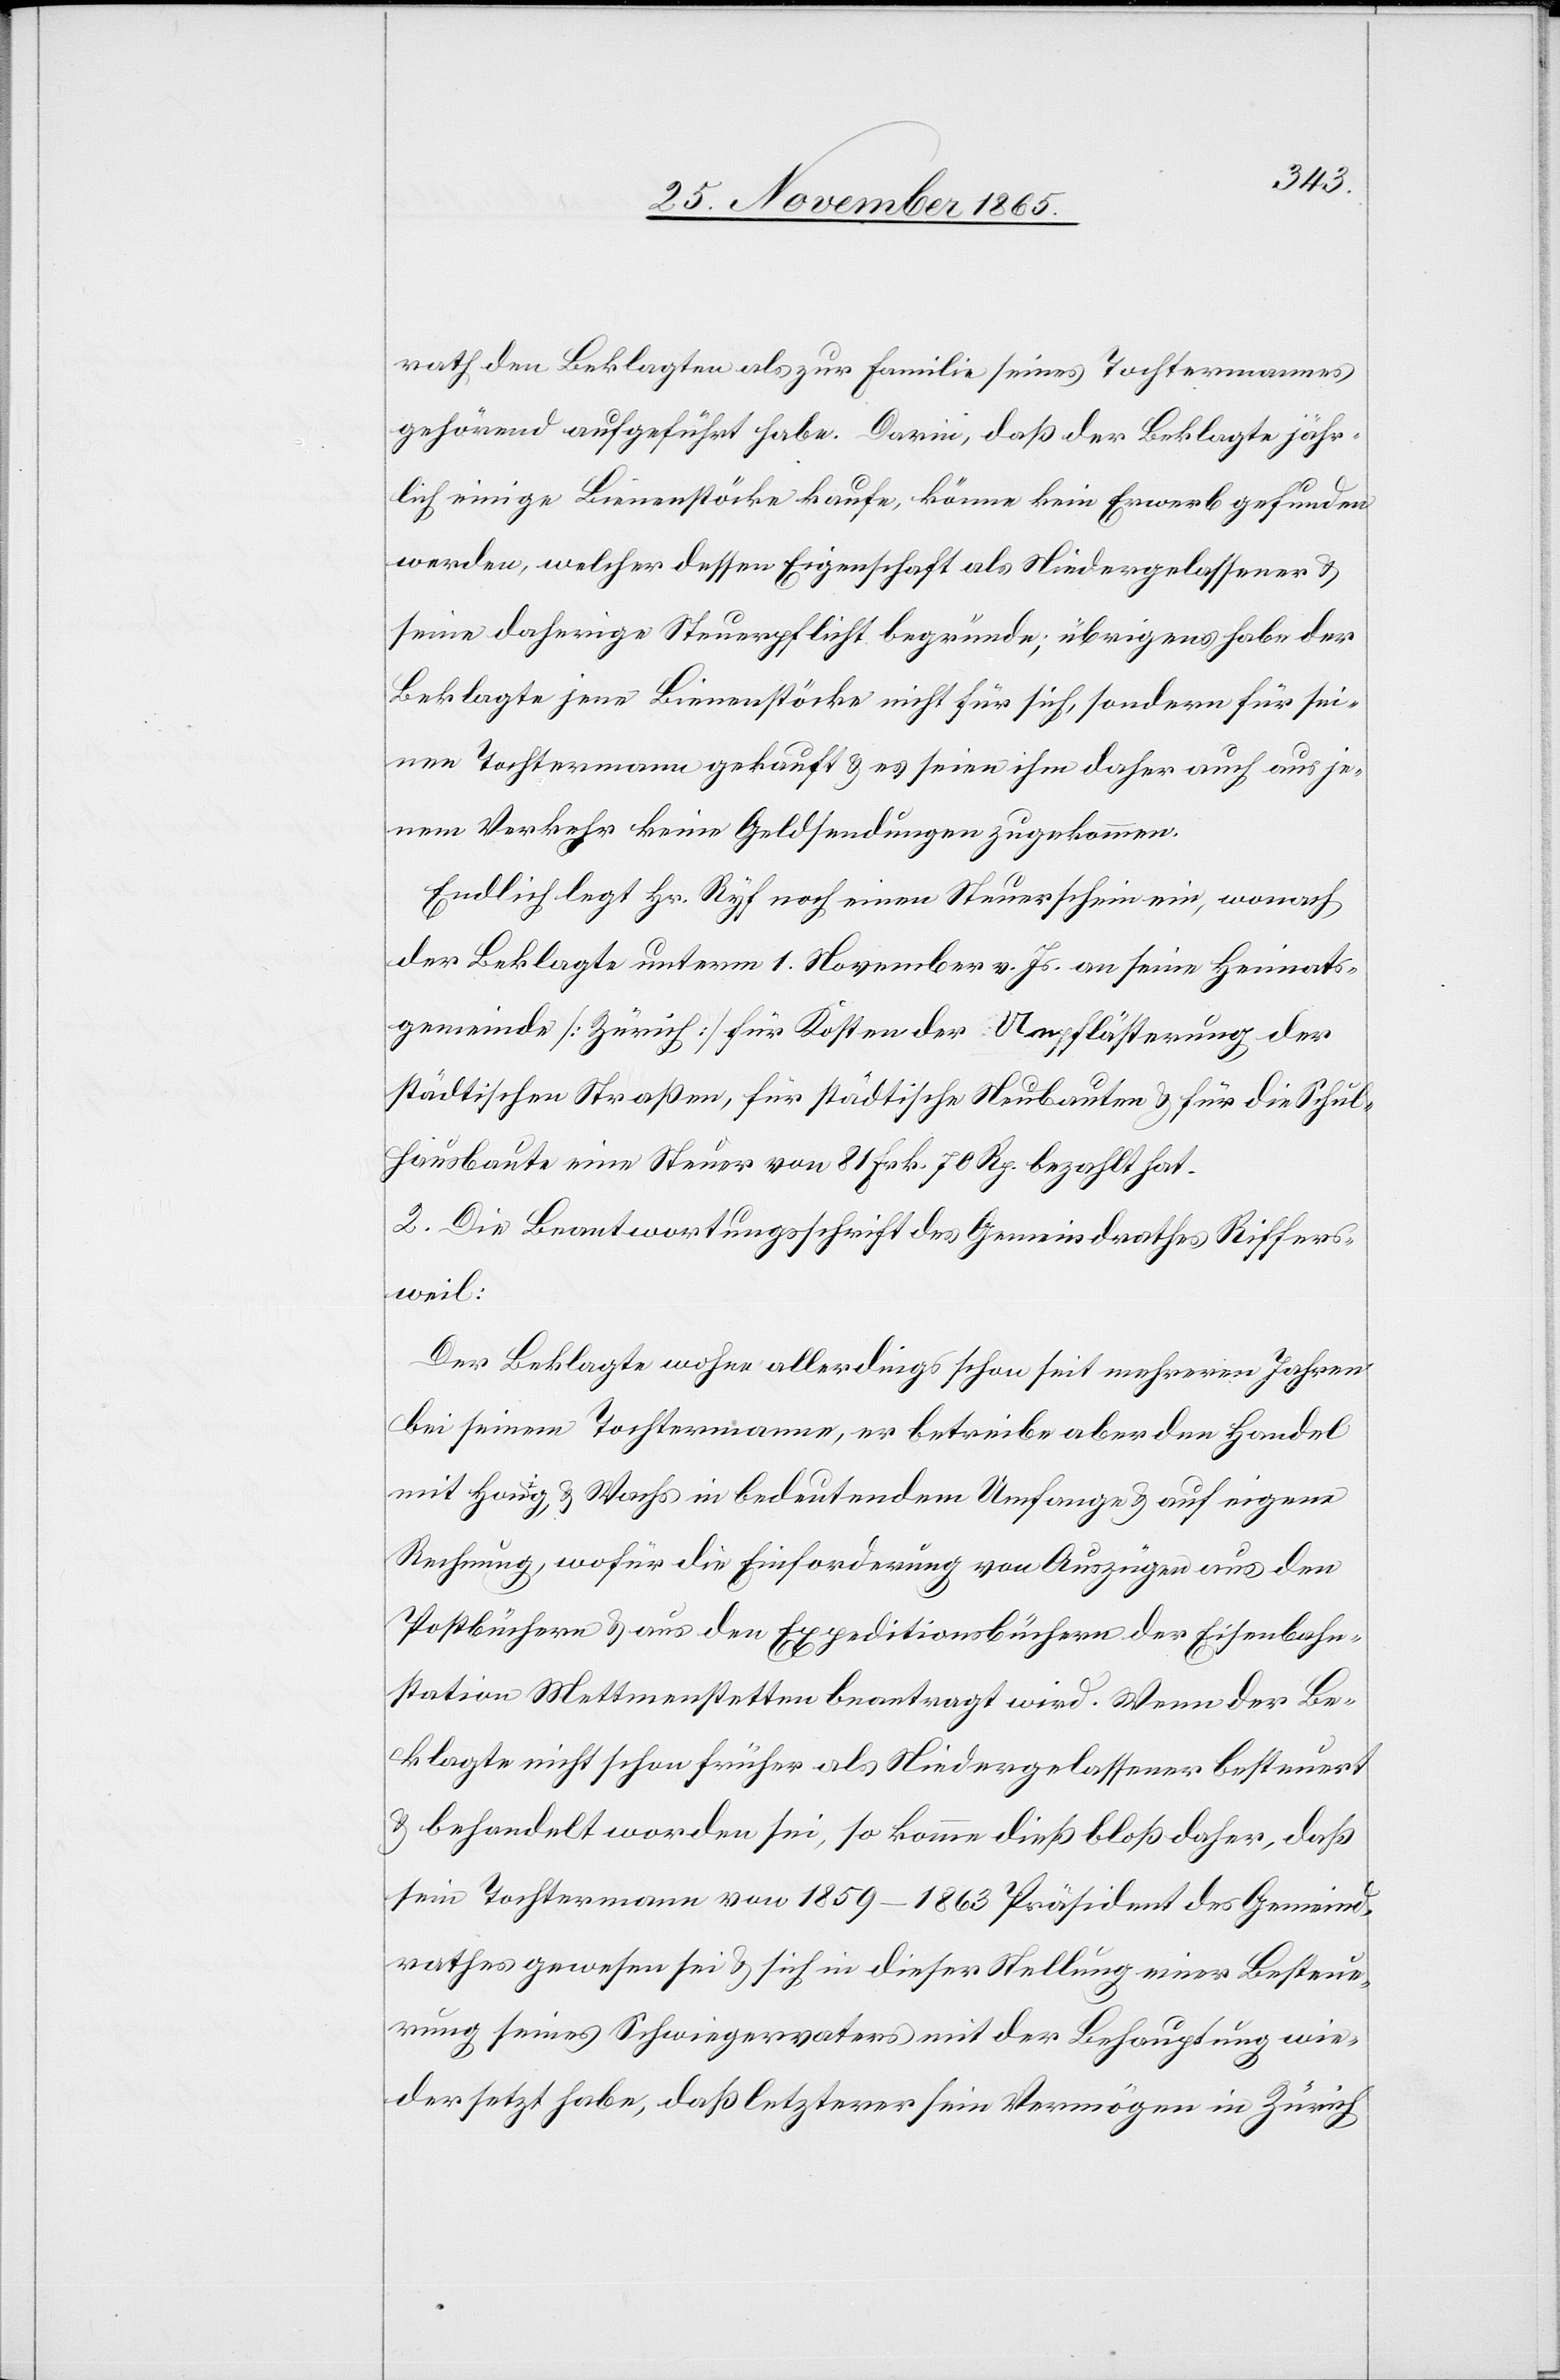
rath den Beklagten zur Familie seines Tochtermannes
gehörend aufgeführt habe. Darin, daß der Beklagte jähr¬
lich einige Bienenstöcke kaufe, könne kein Erwerb gefunden
werden, welcher dessen Eigenschaft als Niedergelassener &
seine daherige Steuerpflicht begründe; übrigens habe der
Beklagte jene Bienenstöcke nicht für sich, sondern für sei¬
nen Tochtermann gekauft & es seien ihm daher auch aus je¬
nem Verkehr keine Geldsendungen zugekommen.
Endlich legt Hr. Ryf noch einen Steuerschein ein, wonach
der Beklagte unterm 1. November v. Js. an seine Heimats¬
gemeinde [Zürich] für Kosten der Umpflästerung der
städtischen Straßen, für städtische Neubauten & für die Schul¬
hausbaute eine Steuer von 81 Frk. 70 Rp. bezahlt hat.
2. Die Beantwortungsschrift des Gemeindrathes Riffers¬
weil:
Der Beklagte wohne allerdings schon seit mehreren Jahren
bei seinem Tochtermann, er betreibe aber den Handel
mit Honig & Wachs in bedeutendem Umfange & auf eigene
Rechnung, wofür die Einforderung von Auszügen aus den
Postbüchern & aus den Expeditionsbüchern der Eisenbahn¬
station Mettmenstetten beantragt wird. Wenn der Be¬
klagte nicht schon früher als Niedergelassener besteuert
& behandelt worden sei, so komme dieß bloß daher, daß
sein Tochtermann von 1859–1863 Präsident des Gemeind¬
rathes gewesen sei & sich in dieser Stellung einer Besteue¬
rung seines Schwiegervaters mit der Behauptung wie¬
dersetzt habe, daß letzterer sein Vermögen in Zürich